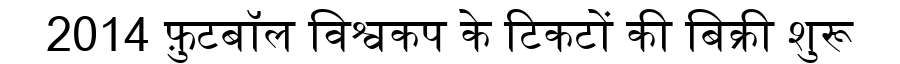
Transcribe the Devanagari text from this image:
2014 फ़ुटबॉल विश्वकप के टिकटों की बिक्री शुरू